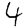
Digit: 4